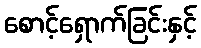
စောင့်ရှောက်ခြင်းနှင့်